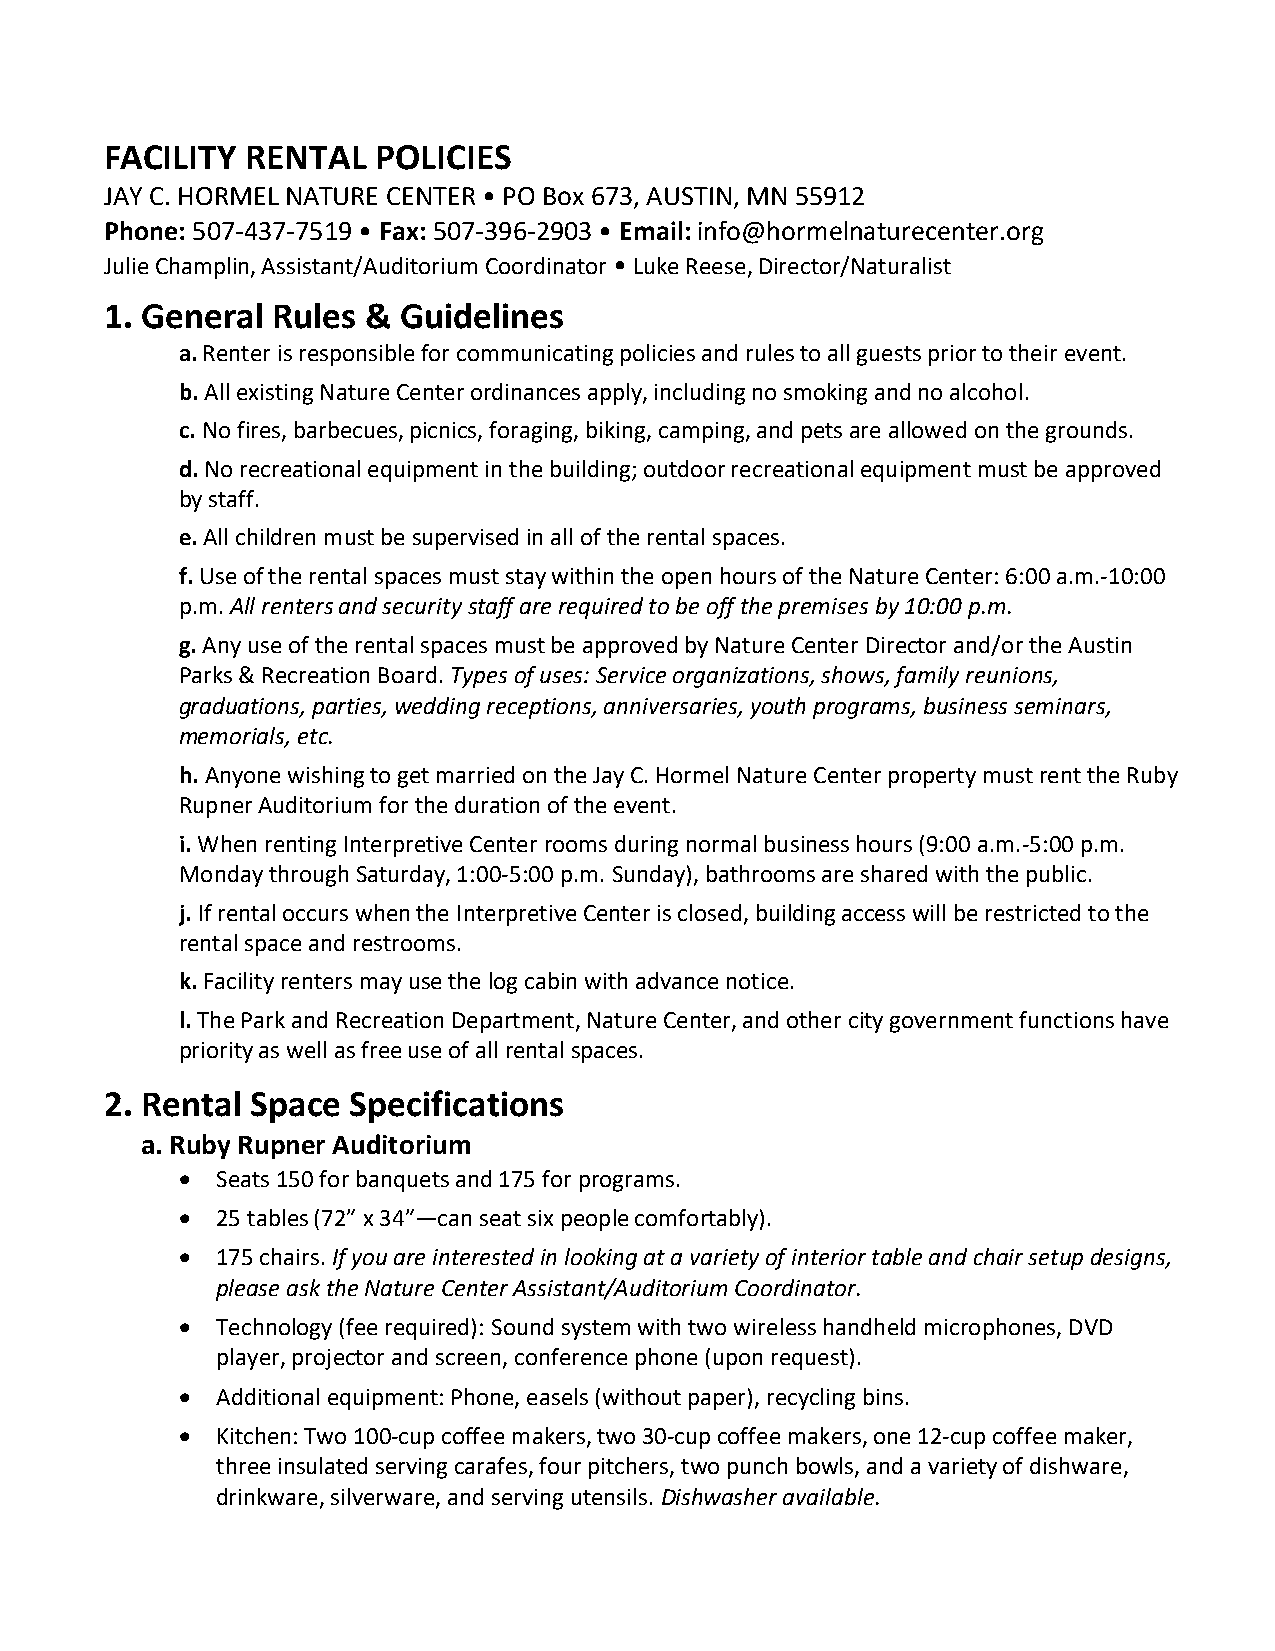
FACILITY RENTAL   POLICIES
 JAY C. HORMEL NATURE CENTER • PO Box 673, AUSTIN, MN 55912
 Phone: 507-437-7519 • Fax: 507-396-2903 • Email: info@hormelnaturecenter.org
 Julie Champlin, Assistant/Auditorium Coordinator • Luke Reese, Director/Naturalist
 1. General Rules & Guidelines
 a. Renter is responsible for communicating policies and rules to all guests prior to their event.
 b. All existing Nature Center ordinances apply, including no smoking and no alcohol.
 c. No fires, barbecues, picnics, foraging, biking, camping, and pets are allowed on the grounds.
 d. No recreational equipment in the building; outdoor recreational equipment must be approved
 by staff.
 e. All children must be supervised in all of the rental spaces.
 f. Use of the rental spaces must stay within the open hours of the Nature Center: 6:00 a.m.-10:00
 p.m. All renters and security staff are required to be off the premises by 10:00 p.m.
 g. Any use of the rental spaces must be approved by Nature Center Director and/or the Austin
 Parks & Recreation Board. Types of uses: Service organizations, shows, family reunions,
 graduations, parties, wedding receptions, anniversaries, youth programs, business seminars,
 memorials, etc.
 h. Anyone wishing to get married on the Jay C. Hormel Nature Center property must rent the Ruby
 Rupner Auditorium for the duration of the event.
 i. When renting Interpretive Center rooms during normal business hours (9:00 a.m.-5:00 p.m.
 Monday through Saturday, 1:00-5:00 p.m. Sunday), bathrooms are shared with the public.
 j. If rental occurs when the Interpretive Center is closed, building access will be restricted to the
 rental space and restrooms.
 k. Facility renters may use the log cabin with advance notice.
 l. The Park and Recreation Department, Nature Center, and other city government functions have
 priority as well as free use of all rental spaces.
 2. Rental Space Specifications
 a. Ruby Rupner Auditorium
  Seats 150 for banquets and 175 for programs.
  25 tables (72” x 34”—can seat six people comfortably).
  175 chairs. If you are interested in looking at a variety of interior table and chair setup designs,
 please ask the Nature Center Assistant/Auditorium Coordinator.
  Technology (fee required): Sound system with two wireless handheld microphones, DVD
 player, projector and screen, conference phone (upon request).
  Additional equipment: Phone, easels (without paper), recycling bins.
  Kitchen: Two 100-cup coffee makers, two 30-cup coffee makers, one 12-cup coffee maker,
 three insulated serving carafes, four pitchers, two punch bowls, and a variety of dishware,
 drinkware, silverware, and serving utensils. Dishwasher available.